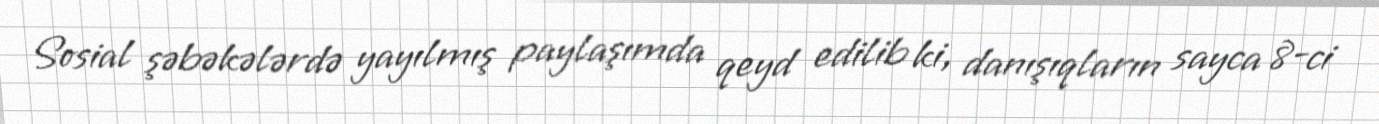
Sosial şəbəkələrdə yayılmış paylaşımda qeyd edilib ki, danışıqların sayca 8-ci